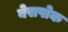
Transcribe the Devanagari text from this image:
बेसपोक